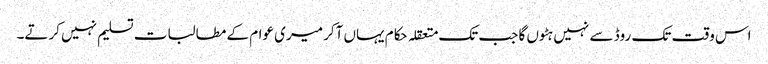
اس وقت تک روڈ سے نہیں ہٹوں گا جب تک متعقلہ حکام یہاں آکر میری عوام کے مطالبات تسلیم نہیں کرتے۔